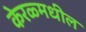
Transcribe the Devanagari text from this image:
केरळ्मधील